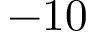
- 1 0